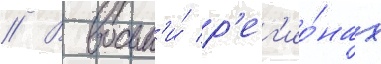
// В восьм'и́ р'ег'ио́нах